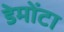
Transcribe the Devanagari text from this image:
डेमोंटा